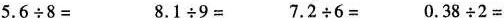
$$5.6 \div 8=$$ $$8.1 \div 9=$$ $$7.2 \div 6=$$ $$0.38 \div 2=$$